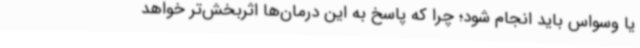
یا وسواس باید انجام شود؛ چرا که پاسخ به این درمان‌ها اثربخش‌تر خواهد